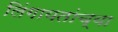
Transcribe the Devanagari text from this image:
लिंगायतांच्या